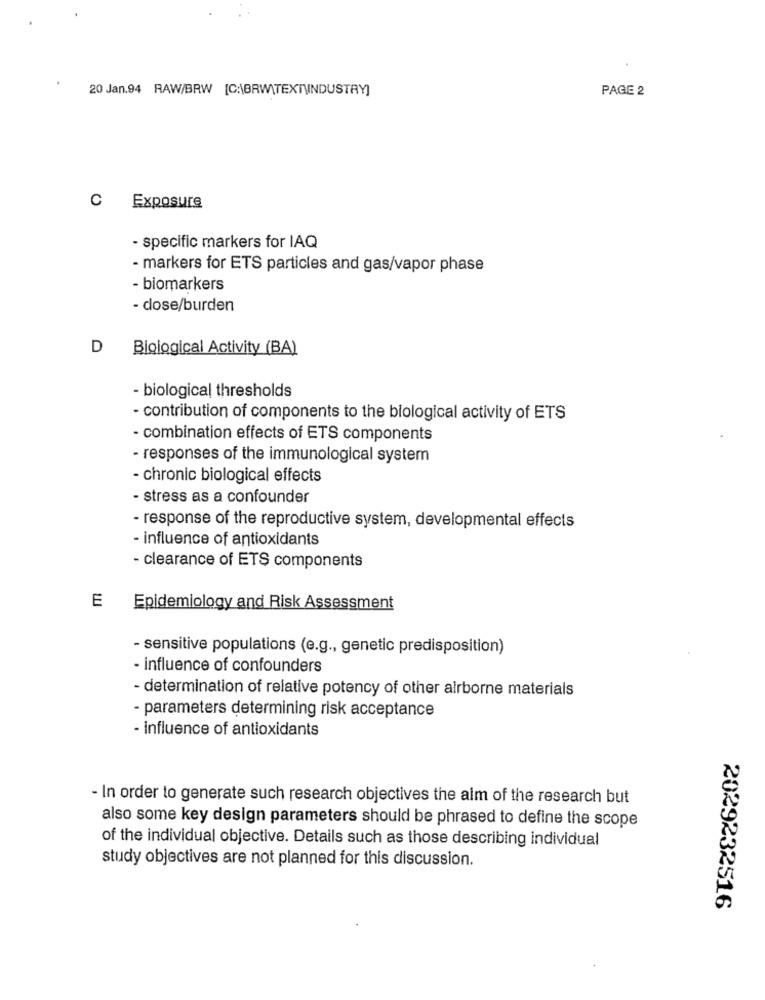
20 Jan.94 RAW/BRW [C:\BRW\TEXTUINDUSTRY]
PAGE 2
C Exposure
- specific markers for IAQ
- markers for ETS particles and gas/vapor phase
- biomarkers
- dose/burden
D Biological Activity (BA)
- biological thresholds
- contribution of components to the biological activity of ETS
- combination effects of ETS components
- responses of the immunological system
- chronic biological effects
- stress as a confounder
- response of the reproductive system, developmental effects
- influence of antioxidants
- clearance of ETS components
E
Epidemiology and Risk Assessment
- sensitive populations (e.g ., genetic predisposition)
- influence of confounders
- determination of relative potency of other airborne materials
- parameters determining risk acceptance
- influence of antioxidants
- In order to generate such research objectives the aim of the research but
also some key design parameters should be phrased to define the scope
of the individual objective. Details such as those describing individual
study objectives are not planned for this discussion.
2029232516